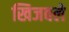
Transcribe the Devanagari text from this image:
खिजवले